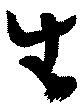
生